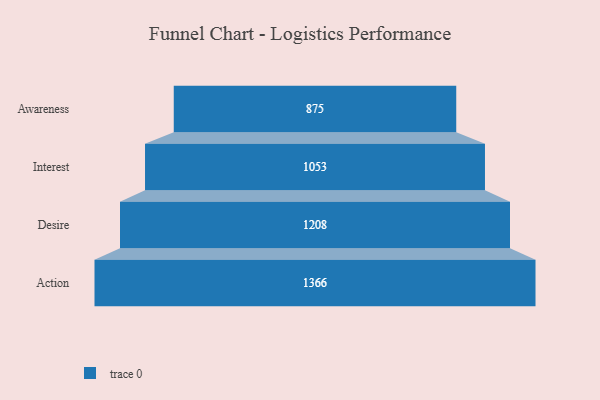
{"axis": {"x": "Stage", "y": "Value"}, "legend": [""], "data": [{"x": "Awareness", "y": 875.0, "type": ""}, {"x": "Interest", "y": 1053.0, "type": ""}, {"x": "Desire", "y": 1208.0, "type": ""}, {"x": "Action", "y": 1366.0, "type": ""}]}